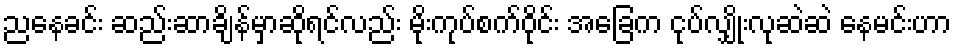
ညနေခင်း ဆည်းဆာချိန်မှာဆိုရင်လည်း မိုးကုပ်စက်ဝိုင်း အခြေက ငုပ်လျှိုးလုဆဲဆဲ နေမင်းဟာ